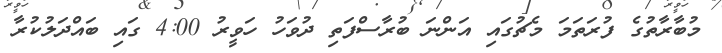
މުބާރާތުގެ ފުރަތަމަ މެޗުގައި އަންނަ ބުރާސްފަތި ދުވަހު ހަވީރު 4:00 ގައި ބައްދަލުކުރާ